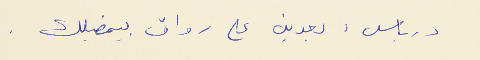
درباس : بعدين على رواق بيمضيلك .